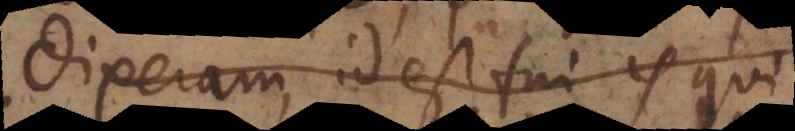
ram, id est fui is qui